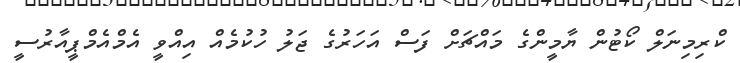
ކްރިމިނަލް ކޯޓުން ޔާމީންގެ މައްޗަށް ފަސް އަހަރުގެ ޖަލު ހުކުމެއް އިއްވީ އެމްއެމްޕީއާރުސީ